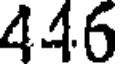
446